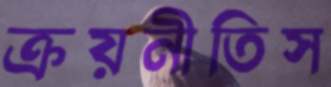
ক্রয়নীতিস